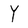
Character: Y